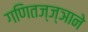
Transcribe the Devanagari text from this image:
गणितज्ज्ञाने